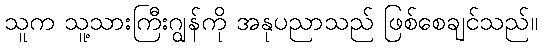
သူက သူ့သားကြီးဂျွန်ကို အနုပညာသည် ဖြစ်စေချင်သည်။